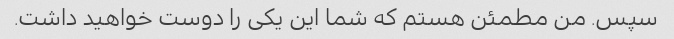
سپس. من مطمئن هستم که شما این یکی را دوست خواهید داشت.